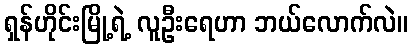
ရှန်ဟိုင်းမြို့ရဲ့ လူဦးရေဟာ ဘယ်လောက်လဲ။